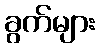
ခွက်များ